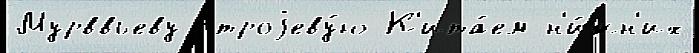
Мурввьеву строjеву́ю К'ита́ем н'и́жн'их